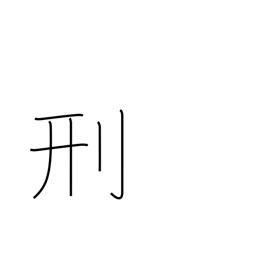
Meaning: punish